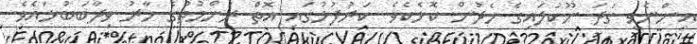
އިންނެވީ ގަދަ ނޫކުލައިގެ ހެދުން ކޮޅެކެވެ. ކަރުފުޅުގައި އޮތް ރަންމުތުގެ ހާރު ވިދާބަބުޅައެވެ.